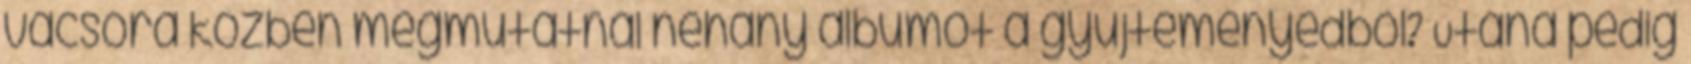
vacsora közben megmutatnál néhány albumot a gyűjteményedből? Utána pedig